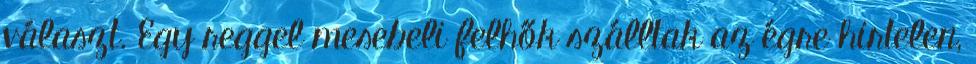
választ. Egy reggel mesebeli felhők szálltak az égre hirtelen,